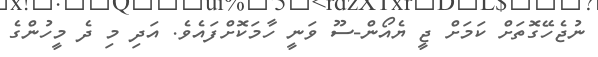
ނުޖެހޭގޮތަށް ކަމަށް ޖީ ޔެއޯން-ސޫ ވަނީ ހާމަކޮށްފައެވެ. އަދި މި ދެ މީހުންގެ